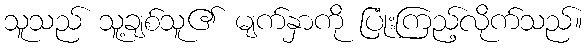
သူသည် သူ့ချစ်သူ၏ မျက်နှာကို ပြုံးကြည့်လိုက်သည်။